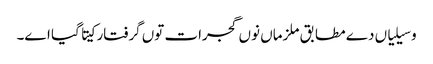
وسیلیاں دے مطابق ملزماں نوں گجرات توں گرفتار کیتا گیا اے۔